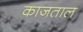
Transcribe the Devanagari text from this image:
काजताल